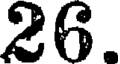
26.